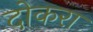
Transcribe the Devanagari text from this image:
दोकरा